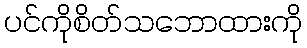
ပင်ကိုစိတ်သဘောထားကို